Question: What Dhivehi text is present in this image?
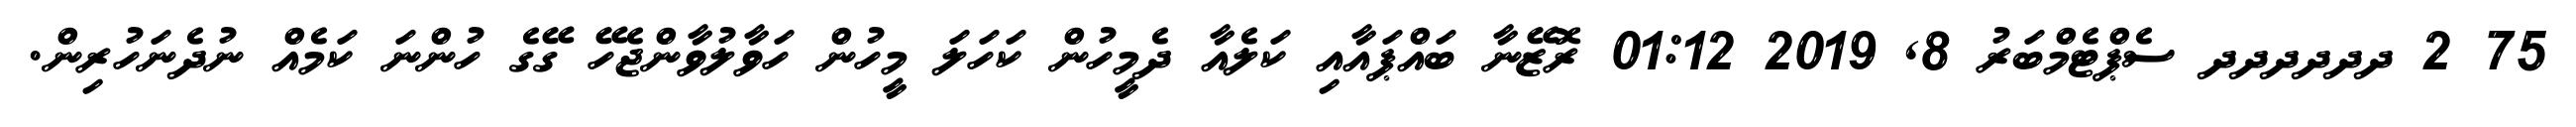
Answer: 75 2 ދދދދދދ ސެޕްޓެމްބަރު 8, 2019 01:12 ރޮޒޭނާ ބައްޕައާއި ކަލެއާ ދެމީހުން ކަހަލަ މީހުން ހަވާލުވާންޖެހޭ ގޭގެ ހުންނަ ކަމެއް ނުދެނަހުރިން.